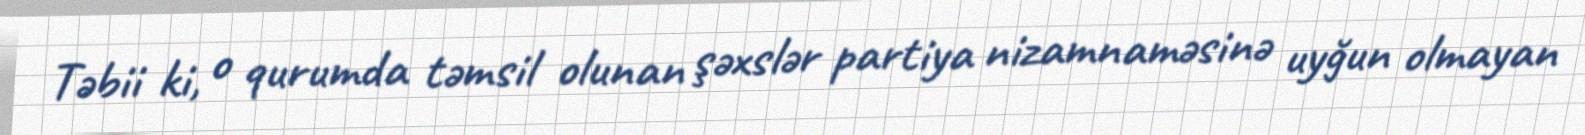
Təbii ki, o qurumda təmsil olunan şəxslər partiya nizamnaməsinə uyğun olmayan